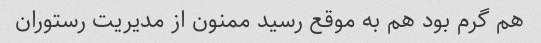
هم گرم بود هم به موقع رسید ممنون از مدیریت رستوران